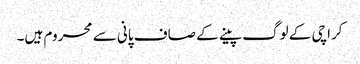
کراچی کے لوگ پینے کے صاف پانی سے محروم ہیں۔